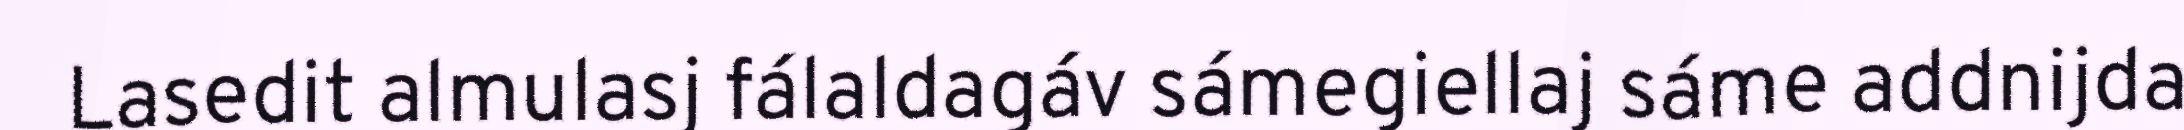
Lasedit almulasj fálaldagáv sámegiellaj sáme addnijda